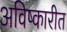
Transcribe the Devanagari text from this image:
अविष्कारीत